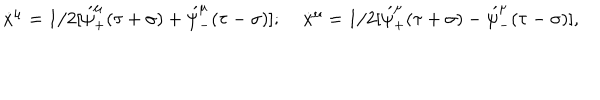
\dot { x } ^ { \mu } = 1 / 2 [ \acute { \psi } _ { + } ^ { \mu } ( \tau + \sigma ) + \acute { \psi } _ { - } ^ { \mu } ( \tau - \sigma ) ] ; \; \dot { x } ^ { \mu } = 1 / 2 [ \acute { \psi } _ { + } ^ { \mu } ( \tau + \sigma ) - \acute { \psi } _ { - } ^ { \mu } ( \tau - \sigma ) ] ,